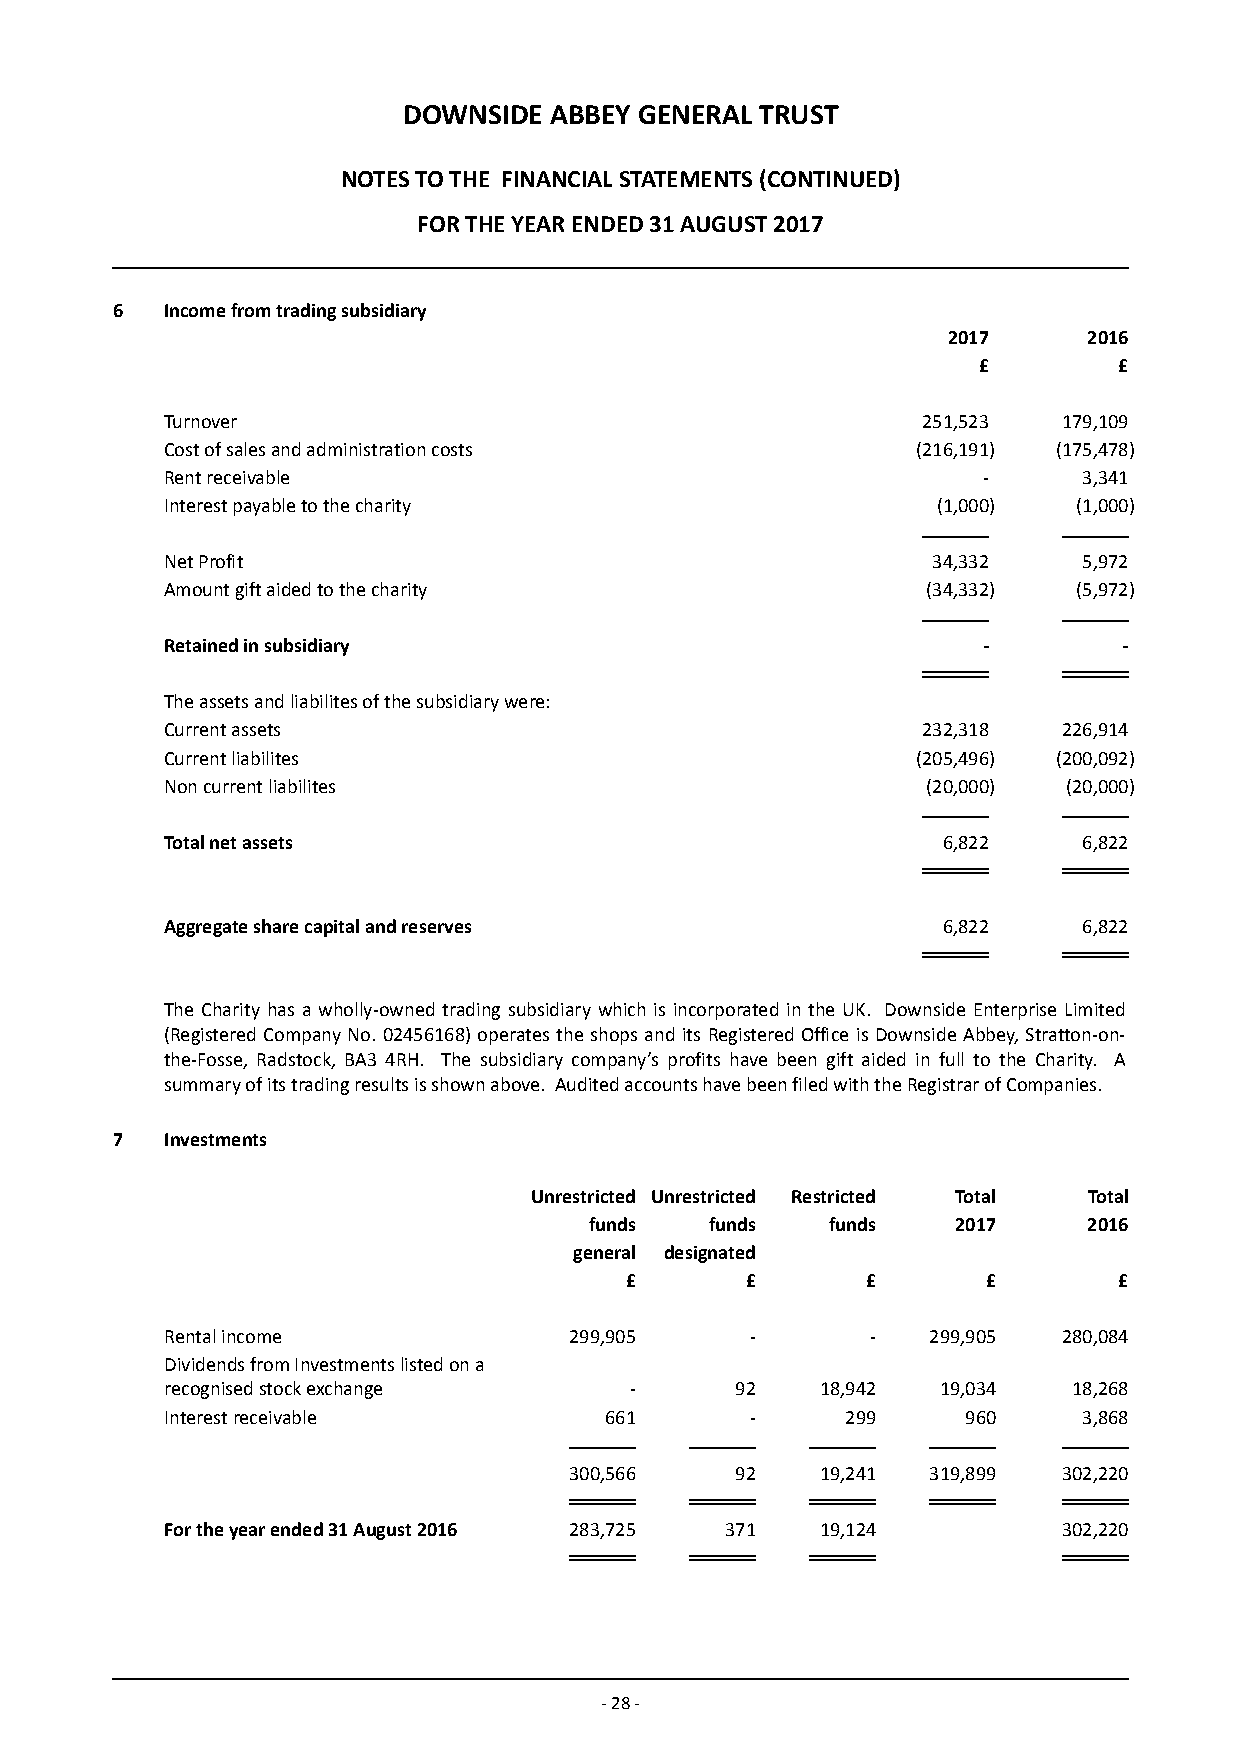
DOWNSIDE ABBEY GENERAL TRUST
 NOTES TO THE FINANCIAL STATEMENTS (CONTINUED)
 FOR THE YEAR ENDED 31 AUGUST 2017
 6   Income from trading subsidiary
 2017     2016
 £        £
 Turnover                                          251,523  179,109
 Cost of sales and administration costs            (216,191) (175,478)
 Rent receivable                                       -      3,341
 Interest payable to the charity                    (1,000)  (1,000)
 Net Profit                                         34,332    5,972
 Amount gift aided to the charity                  (34,332)  (5,972)
 Retained in subsidiary                                -        -
 The assets and liabilites of the subsidiary were:
 Current assets                                    232,318  226,914
 Current liabilites                                (205,496) (200,092)
 Non current liabilites                            (20,000)  (20,000)
 Total net assets                                   6,822     6,822
 Aggregate share capital and reserves               6,822     6,822
 The Charity has a wholly-owned trading subsidiary which is incorporated in the UK. Downside Enterprise Limited
 (Registered Company No. 02456168) operates the shops and its Registered Office is Downside Abbey, Stratton-on-
 the-Fosse, Radstock, BA3 4RH. The subsidiary company’s profits have been gift aided in full to the Charity. A
 summary of its trading results is shown above. Audited accounts have been filed with the Registrar of Companies.
 7   Investments
 Unrestricted Unrestricted Restricted Total Total
 funds   funds   funds   2017     2016
 general de signated
 £       £       £       £        £
 Rental income              299,905     -       -  299,905  280,084
 Dividends from Investments listed on a
 recognised stock exchange      -      92   18,942  19,034   18,268
 Interest receivable          661       -     299     960     3,868
 300,566    92   19,241 319,899  302,220
 For the year ended 31 August 2016 283,725 371 19,124       302,220
 - 28 -